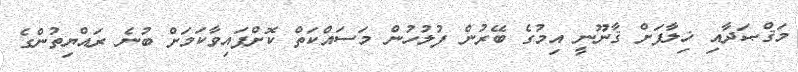
މަޤްޞަދާއި ޚިލާފަށް ޤާނޫނީ އިމުގެ ބޭރުން ފުލުހުން މަސައްކަތް ކޮށްފައިވާކަމަށް ބުނެ ރައްޔިތުންގެ